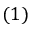
( 1 )